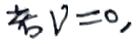
若 \(V = 0\)，